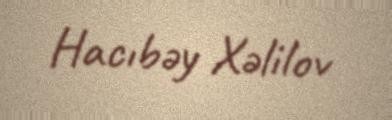
Hacıbəy Xəlilov